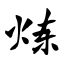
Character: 炼